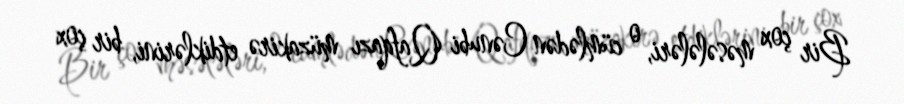
Bir çox məsələləri, o cümlədən Cənubi Qafqazı müzakirə etdiklərini, bir çox